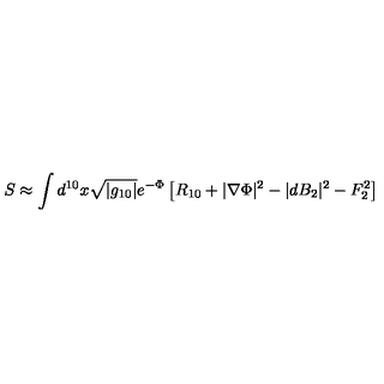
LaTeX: S \approx \int d ^ { 1 0 } x \sqrt { | g _ { 1 0 } | } e ^ { - \Phi } \left[ R _ { 1 0 } + | \nabla \Phi | ^ { 2 } - | d B _ { 2 } | ^ { 2 } - F _ { 2 } ^ { 2 } \right]